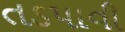
તડપાવી